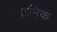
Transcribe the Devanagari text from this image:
दाभिक